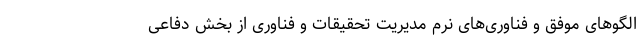
الگوهای موفق و فناوری‌های نرم مدیریت تحقیقات و فناوری از بخش دفاعی